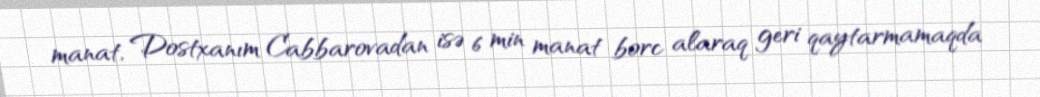
manat, Dostxanım Cabbarovadan isə 6 min manat borc alaraq geri qaytarmamaqda